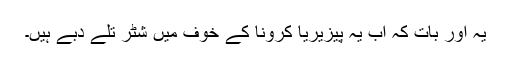
یہ اور بات کہ اب یہ پیزیریا کرونا کے خوف میں شٹر تلے دبے ہیں۔